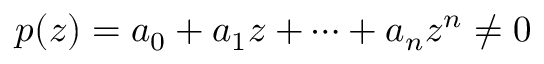
p ( z ) = a _ { 0 } + a _ { 1 } z + \cdots + a _ { n } z ^ { n } \neq 0